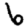
Digit: 6